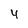
Character: 4